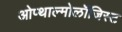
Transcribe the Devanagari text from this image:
ओप्थाल्मोलॉजिस्ट